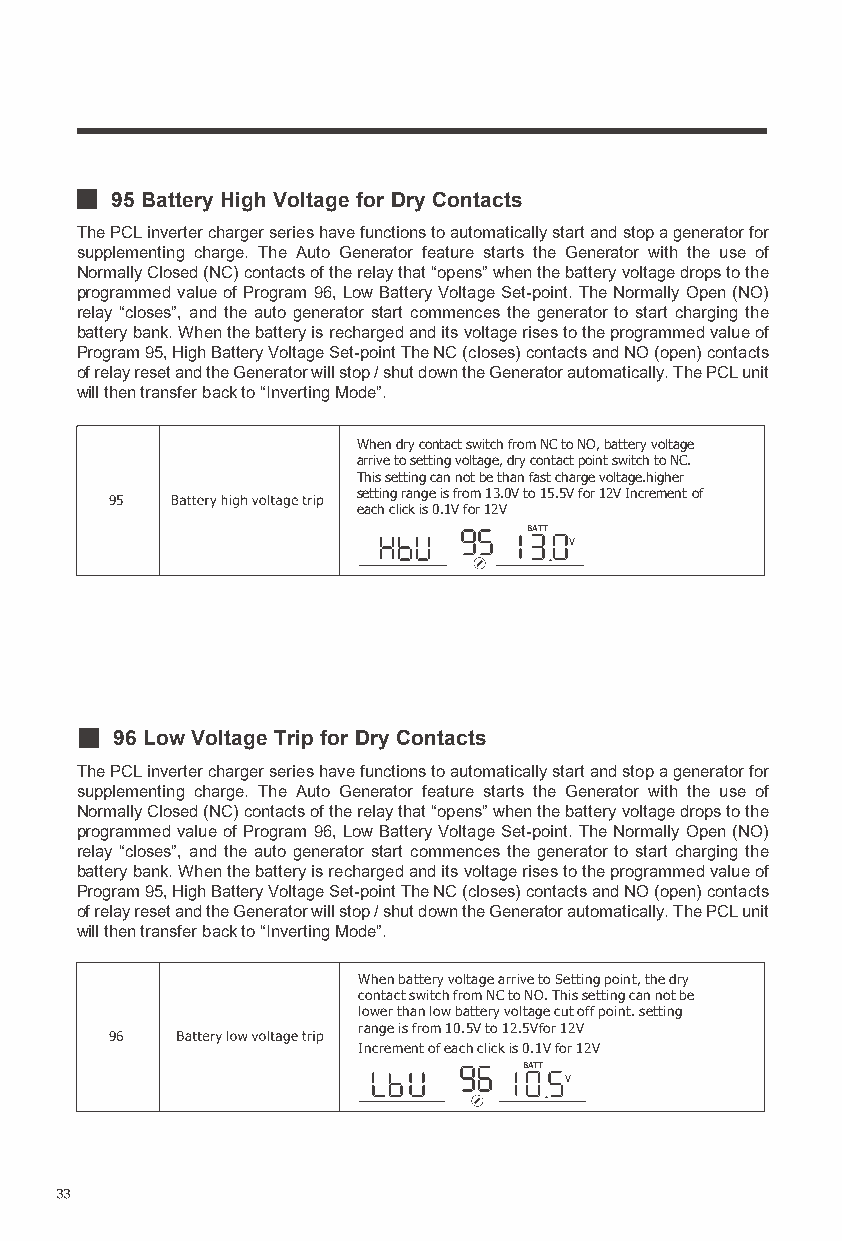
95 Battery High Voltage for Dry Contacts
 The PCL inverter charger series have functions to automatically start and stop a generator for
 supplementing charge. The Auto Generator feature starts the Generator with the use of
 Normally Closed (NC) contacts of the relay that “opens” when the battery voltage drops to the
 programmed value of Program 96, Low Battery Voltage Set-point. The Normally Open (NO)
 relay “closes”, and the auto generator start commences the generator to start charging the
 battery bank. When the battery is recharged and its voltage rises to the programmed value of
 Program 95, High Battery Voltage Set-point The NC (closes) contacts and NO (open) contacts
 of relay reset and the Generator will stop / shut down the Generator automatically. The PCL unit
 will then transfer back to “Inverting Mode”.
 When dry contact switch from NC to NO, battery voltage
 arrive to setting voltage, dry contact point switch to NC.
 This setting can not be than fast charge voltage.higher
 setting range is from 13.0V to 15.5V for 12V Increment of
 95
 each click is 0.1V for 12V
 BATT
 V
 96 Low Voltage Trip for Dry Contacts
 The PCL inverter charger series have functions to automatically start and stop a generator for
 supplementing charge. The Auto Generator feature starts the Generator with the use of
 Normally Closed (NC) contacts of the relay that “opens” when the battery voltage drops to the
 programmed value of Program 96, Low Battery Voltage Set-point. The Normally Open (NO)
 relay “closes”, and the auto generator start commences the generator to start charging the
 battery bank. When the battery is recharged and its voltage rises to the programmed value of
 Program 95, High Battery Voltage Set-point The NC (closes) contacts and NO (open) contacts
 of relay reset and the Generator will stop / shut down the Generator automatically. The PCL unit
 will then transfer back to “Inverting Mode”.
 When battery voltage arrive to Setting point, the dry
 contact switch from NC to NO. This setting can not be
 lower than low battery voltage cut off point. setting
 range is from 10.5V to 12.5Vfor 12V
 96
 Increment of each click is 0.1V for 12V
 BATT
 V
 33